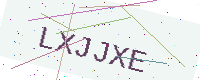
Text: LXJJXE